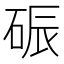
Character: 𪿟